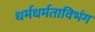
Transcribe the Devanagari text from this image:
धर्मधर्मताविभंग